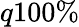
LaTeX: q100\%